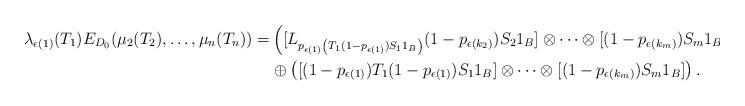
LaTeX: \begin{align*}\lambda_{\epsilon(1)}(T_1)E_{D_0}(\mu_2(T_2),\ldots, \mu_n(T_n)) =& \left([L_{p_{\epsilon(1)}\left(T_1(1-p_{\epsilon(1)}) S_1 1_B\right)}(1-p_{\epsilon(k_{2})}) S_2 1_B] \otimes \cdots \otimes [(1-p_{\epsilon(k_{m})}) S_m1_B]\right) \\& \oplus \left([(1-p_{\epsilon(1)})T_1(1-p_{\epsilon(1)}) S_1 1_B] \otimes \cdots \otimes [(1-p_{\epsilon(k_{m})}) S_m1_B]\right).\end{align*}